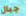
جبال